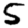
Digit: 5